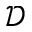
{ \mathcal D }